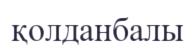
қолданбалы